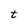
Character: t